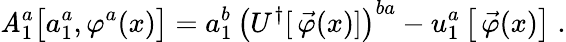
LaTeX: \mathit{A}_{1}^{a}\big[a_{1}^{a},\varphi^{a}(x)\big]=a_{1}^{b}\, \left(U^{\dagger}[\, \vec{{\varphi}}(x)]\right)^{ba}-u_{1}^{a}\left[\, \vec{{\varphi}}(x)\right]\; .